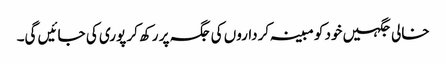
خالی جگہیں خود کو مبینہ کرداروں کی جگہ پر رکھ کر پوری کی جائیں گی۔